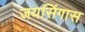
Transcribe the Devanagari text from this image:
जयसिंगास